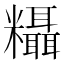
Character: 𬗂